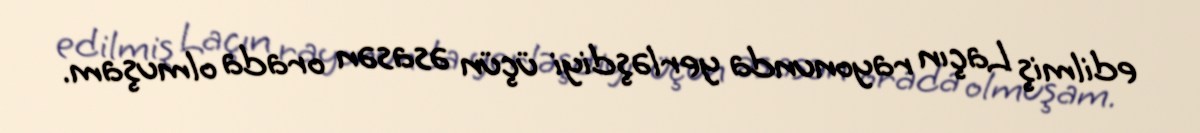
edilmiş Laçın rayonunda yerləşdiyi üçün əsasən orada olmuşam.